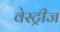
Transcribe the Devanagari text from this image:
वेस्ट्रीज